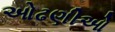
ઓઢણીઓ